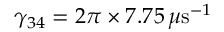
\gamma _ { 3 4 } = 2 \pi \times 7 . 7 5 \, \mu \mathrm { s } ^ { - 1 }